Lunatic asylums in Bengal annual reports 1888-1898 - 1888-1898
Year: 1888
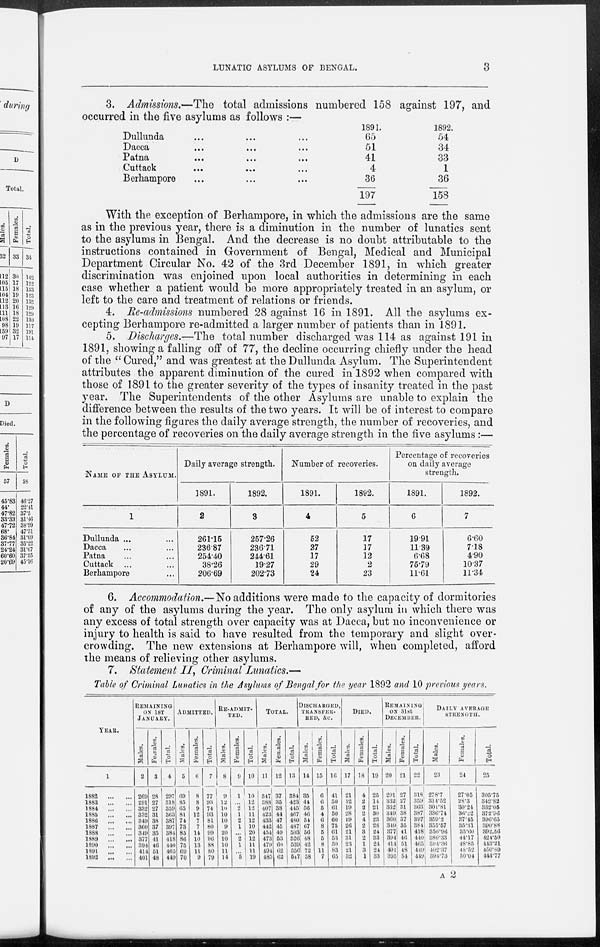
LUNATIC ASYLUMS OF BENGAL.
3
3. Admissions.—The total admissions numbered 158 against 197, and
occurred in the five asylums as follows :—
Dullunda ... ... ...
Dacca ... ... ...
Patna
...
...
...
Cuttack
...
...
...
Berhampore ... ... ...
1891.
65
51
41
4
36
197
1892.
54
34
33
1
36
158
With the exception of Berhampore, in which the admissions are the same
as in the previous year, there is a diminution in the number of lunatics sent
to the asylums in Bengal. And the decrease is no doubt attributable to the
instructions contained in Government of Bengal, Medical and Municipal
Department Circular No. 42 of the 3rd December 1891, in which greater
discrimination was enjoined upon local authorities in determining in each
case whether a patient would be more appropriately treated in an asylum, or
left to the care and treatment of relations or friends.
4. Re-admissions numbered 28 against 16 in 1891. All the asylums ex-
cepting Berhampore re-admitted a larger number of patients than in 1891.
5. Discharges.—The total number discharged was 114 as against 191 in
1891, showing a falling off of 77, the decline occurring chiefly under the head
of the " Cured," and was greatest at the Dullunda Asylum. The Superintendent
attributes the apparent diminution of the cured in 1892 when compared with
those of 1891 to the greater severity of the types of insanity treated in the past
year. The Superintendents of the other Asylums are unable to explain the
difference between the results of the two years. It will be of interest to compare
in the following figures the daily average strength, the number of recoveries, and
the percentage of recoveries on the daily average strength in the five asylums:—
NAME OF THE ASYLUM.
1
Dullunda ... ...
Dacca ... ...
Patna ... ...
Cuttack ... ...
Berhampore ...
Daily average strength.
1891.
2
261.15
236.87
254.40
38.26
206.69
1892.
3
257.26
236.71
244.61
19.27
202.73
Number of recoveries.
1891.
4
52
27
17
29
24
1892.
5
17
17
12
2
23
Percentage of recoveries
on daily average
strength.
1891.
6
19.91
11.39
6.68
75.79
11.61
1892.
7
6.60
7.18
4.90
10.37
11.34
6. Accommodation.—No additions were made to the capacity of dormitories
of any of the asylums during the year. The only asylum in which there was
any excess of total strength over capacity was at Dacca, but no inconvenience or
injury to health is said to have resulted from the temporary and slight over-
crowding. The new extensions at Berhampore will, when completed, afford
the means of relieving other asylums.
7. Statement II. Criminal Lunatics.—
Table of Criminal Lunatics in the Asylums of Bengal for the year 1892 and 10 previous years.
YEAR.
1
1882
... ...
1883
... ...
1884
... ...
1885
... ...
1886
... ...
1887
... ...
1888
... ...
1889
... ...
1890
... ...
1891
... ...
1892
... ...
REMAINING
ON 1ST
JANUARY.
Males.
2
269
291
332
332
349
360
349
377
394
414
401
Females.
3
28
27
27
31
38
37
35
41
46
51
48
Total.
4
297
318
359
363
387
397
384
418
440
465
449
ADMITTED.
Males.
5
69
85
65
81
74
73
85
86
75
69
70
Females.
6
8
8
9
12
7
7
14
10
13
11
9
Total.
7
77
93
74
93
81
80
99
96
88
80
79
RE-ADMIT-
TED.
Males.
8
9
12
10
10
10
9
20
10
10
11
14
Females.
9
1
...
2
1
2
1
...
2
1
...
5
Total.
10
10
12
12
11
12
10
20
12
11
11
19
TOTAL.
Males.
11
347
388
407
423
433
442
454
473
479
494
485
Females.
12
37
35
38
44
47
45
49
53
60
62
62
Total.
13
384
423
445
467
480
487
503
526
539
556
547
DISCHARGED,
TRANSFER-
RED, &c.
Males.
14
35
44
56
46
54
67
56
48
42
72
58
Females.
15
6
6
5
4
6
8
5
5
8
11
7
Total.
16
41
50
61
50
60
75
61
53
50
83
65
DIED.
Males.
17
21
12
19
28
19
26
21
31
23
21
32
Females.
18
4
2
2
2
4
2
3
2
1
3
1
Total.
19
25
14
21
30
23
28
24
33
24
24
33
REMAINING
ON 31st
DECEMBER.
Males.
20
291
332
332
349
360
349
377
394
414
401
395
Females.
21
27
27
31
38
37
35
41
46
51
48
54
Total.
22
318
359
363
387
397
384
418
440
465
449
449
DAILY AVERAGE
STRENGTH.
Males.
23
278.7
314.52
301.81
336.74
359.2
355.57
356.96
380.33
394.36
402.37
394.73
Females.
24
27.05
28.3
30.24
36.22
37.45
35.31
35.60
44.17
48.85
48.52
50.04
Total.
25
305.75
342.82
332.05
372.96
396.65
390.88
392.56
424.50
443.21
450.89
444.77
A 2